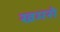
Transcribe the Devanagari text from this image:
खमसे